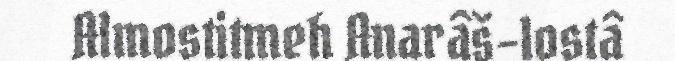
Almostitmeh Anarâš-lostâ